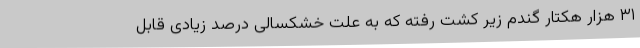
۳۱ هزار هکتار گندم زیر کشت رفته که به علت خشکسالی درصد زیادی قابل